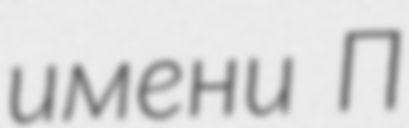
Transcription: имени П